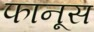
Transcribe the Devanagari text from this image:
फानूस